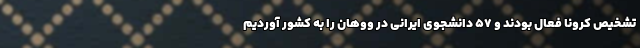
تشخیص کرونا فعال بودند و ۵۷ دانشجوی ایرانی در ووهان را به کشور آوردیم